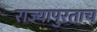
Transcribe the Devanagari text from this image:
राज्यापुरताच